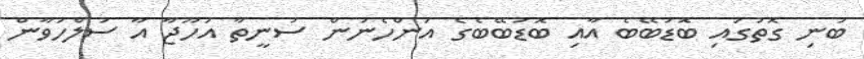
ބުނި ގޮތުގައި ބޮޑުބޭބެ އާއި ބޮޑުބޭބެގެ އަންހެނުން ސުނީތާ އަހޫޖާ އާ ސުލްހަވާން